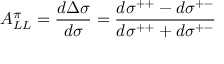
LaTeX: A _ { L L } ^ { \pi } = \frac { d \Delta \sigma } { d \sigma } = \frac { d \sigma ^ { + + } - d \sigma ^ { + - } } { d \sigma ^ { + + } + d \sigma ^ { + - } }